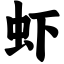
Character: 虾